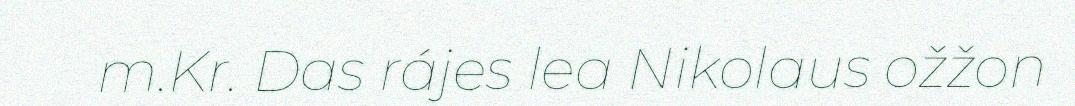
m.Kr. Das rájes lea Nikolaus ožžon